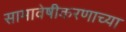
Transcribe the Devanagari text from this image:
सामावेषीकरणाच्या